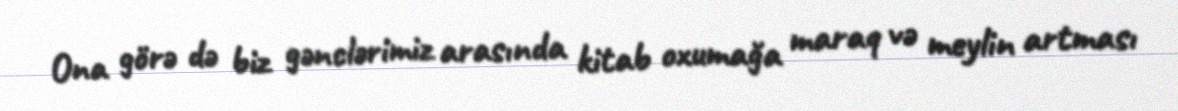
Ona görə də biz gənclərimiz arasında kitab oxumağa maraq və meylin artması